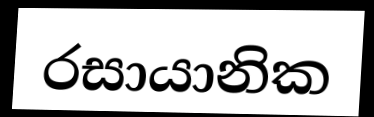
රසායානික